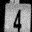
Digit: 4